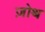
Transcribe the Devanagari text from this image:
ज़ोथ